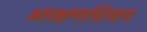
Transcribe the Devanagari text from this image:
आरक्षणाशिवाय